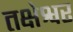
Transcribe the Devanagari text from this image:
तक्षेश्वर